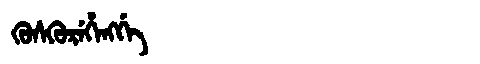
Manchu: ᡴᡠᠰᡴᡠᡵᡝᡥᡝᠩᡤᡝ
Romanization: KUSKUREHENGGE